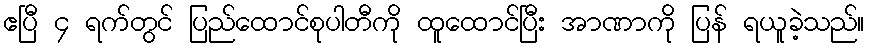
ဧပြီ ၄ ရက်တွင် ပြည်ထောင်စုပါတီကို ထူထောင်ပြီး အာဏာကို ပြန် ရယူခဲ့သည်။